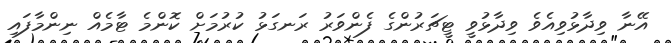
އޭނާ ވިދާޅުވިއެވެ ވިދާޅުވީ ޓީޗަރުންގެ ފެންވަރު ރަނގަޅު ކުރުމަށް ކޮންމެ ޓާމެއް ނިންމާފައި